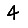
Digit: 4